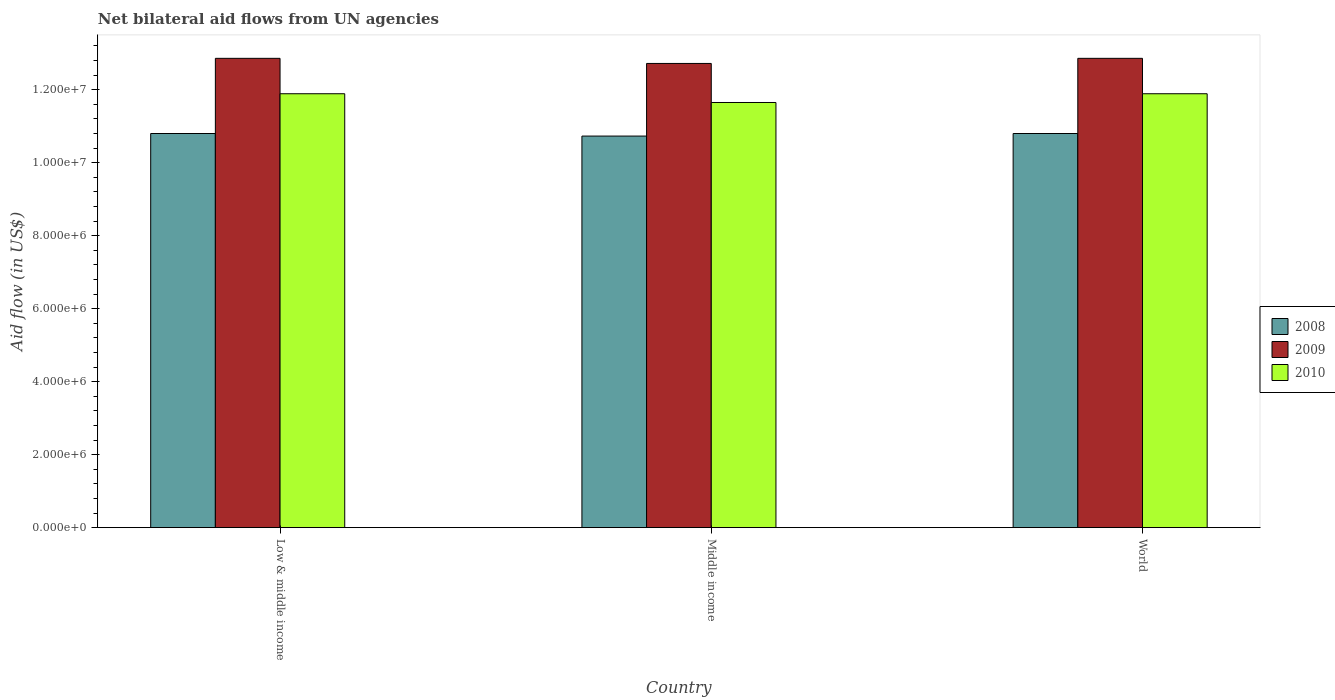
| Country | 2008 | 2009 | 2010 |
 | --- | --- | --- | --- |
 | Low & middle income | 1.08e+07 | 1.29e+07 | 1.19e+07 |
 | Middle income | 1.07e+07 | 1.27e+07 | 1.16e+07 |
 | World | 1.08e+07 | 1.29e+07 | 1.19e+07 |